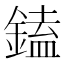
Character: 鎑